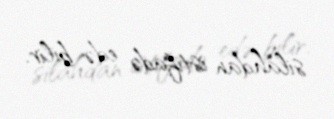
silahdan istifadə edə bilir.